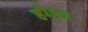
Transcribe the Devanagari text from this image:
होइ॥